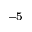
^ { - 5 }